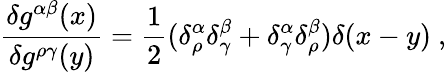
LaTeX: \frac{\delta g^{\alpha\beta}(x)}{\delta g^{\rho\gamma}(y)}=\frac{1}{2}(\delta_{\rho}^{\alpha}\delta_{\gamma}^{\beta}+\delta_{\gamma}^{\alpha}\delta_{\rho}^{\beta})\delta(x-y)\ ,